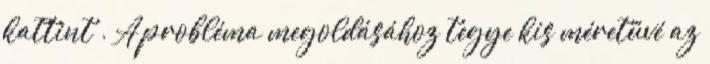
kattint . A probléma megoldásához tegye kis méretűvé az